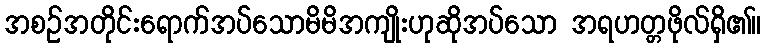
အစဉ်အတိုင်းရောက်အပ်သောမိမိအကျိုးဟုဆိုအပ်သော အရဟတ္တဖိုလ်ရှိ၏။